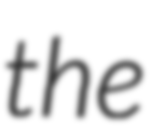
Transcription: the